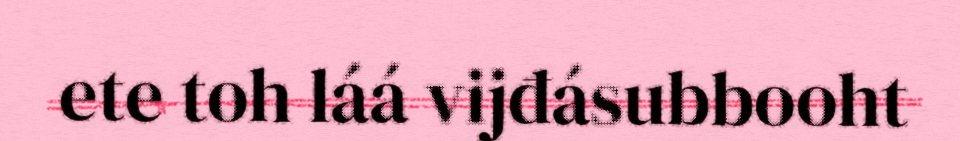
ete toh láá vijđásubbooht